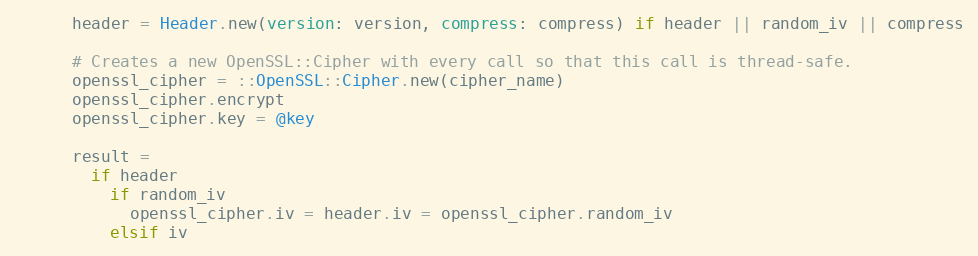
Language: Ruby
      header = Header.new(version: version, compress: compress) if header || random_iv || compress

      # Creates a new OpenSSL::Cipher with every call so that this call is thread-safe.
      openssl_cipher = ::OpenSSL::Cipher.new(cipher_name)
      openssl_cipher.encrypt
      openssl_cipher.key = @key

      result =
        if header
          if random_iv
            openssl_cipher.iv = header.iv = openssl_cipher.random_iv
          elsif iv